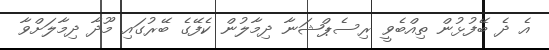
އެ ދެ ބޭފުޅުން ތިއްބެވީ ރިސެޕްޝަނާ ދިމާލުން ކެފޭގެ ބޭރުގައި މޫދާ ދިމާލަށްވާ